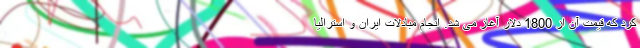
کرد که قیمت آن از 1800 دلار آغاز می شد. انجام مبادلات ایران و استرالیا